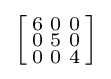
\left[{\begin{smallmatrix}6&0&0\\0&5&0\\0&0&4\end{smallmatrix}}\right]